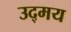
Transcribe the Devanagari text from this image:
उद्मय